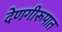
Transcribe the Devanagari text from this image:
देणगीरूपात